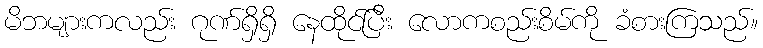
မိဘများကလည်း ဂုဏ်ရှိရှိ နေထိုင်ပြီး လောကစည်းစိမ်ကို ခံစားကြသည်။